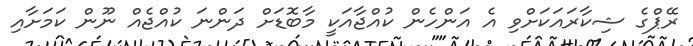
ރޭޕްގެ ޝިކާރައަކަށްވި އެ އަންހެން ކުއްޖާއަކީ މާބޮޑަށް ދަންނަ ކުއްޖެއް ނޫން ކަމަށާއި